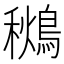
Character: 𪃩